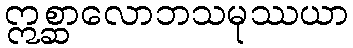
ဣစ္ဆာလောဘသမုဿယာ